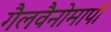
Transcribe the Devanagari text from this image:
गैलवैनोमापी